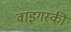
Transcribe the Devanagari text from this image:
वाइगस्की